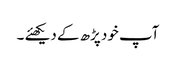
آپ خود پڑھ کے دیکھئے ۔